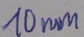
Text: 10mm